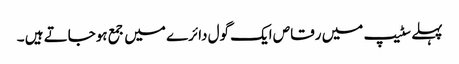
پہلے سٹیپ میں رقاص ایک گول دائرے میں جمع ہوجاتے ہیں ۔